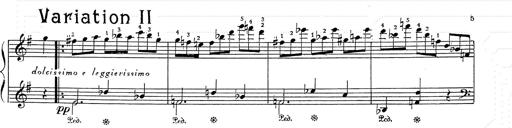
Title: 6 Polish Songs
Composer: Franz Liszt